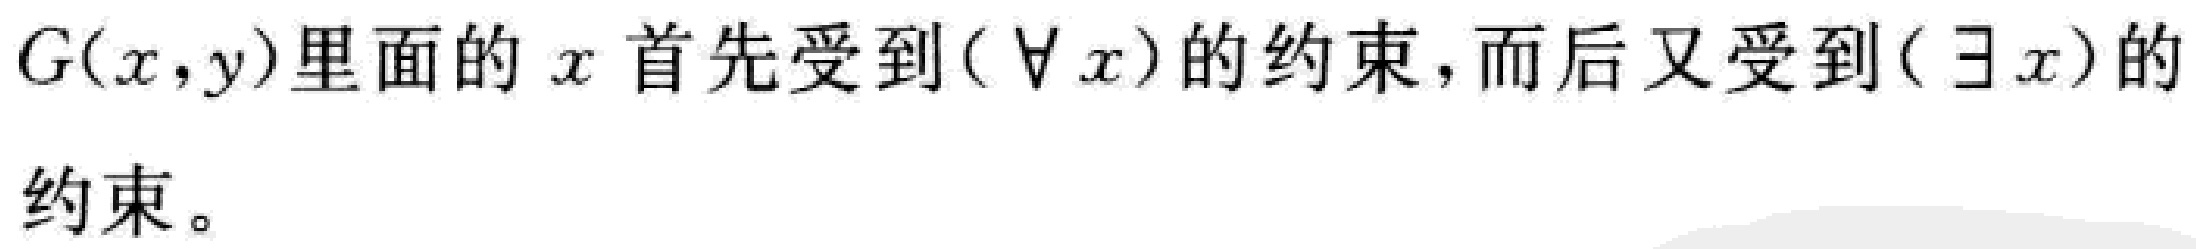
\(G(x,y)\)里面的 \(x\) 首先受到\((\forall x)\)的约束，而后又受到\((\exists x)\)的约束。